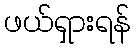
ဖယ်ရှားရန်